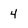
Character: 4